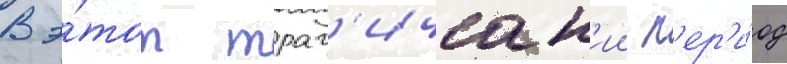
В э́тот траг'ическ'ии п'ер'и́од